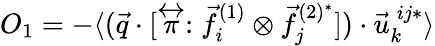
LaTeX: O_{1}=-\langle(\vec{q}\cdot[\stackrel{\leftrightarrow}{\pi}:\vec{f}_{i}^{(1)}\otimes\vec{f}_{j}^{(2)^{*}}])\cdot\vec{u}_{k}^{\: ij*}\rangle